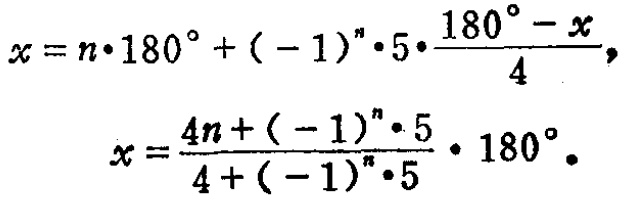
\[
\begin{align*}
x&=n\cdot180^{\circ}+(-1)^{n}\cdot5\cdot\frac{180^{\circ}-x}{4},\\
x&=\frac{4n+(-1)^{n}\cdot5}{4+(-1)^{n}\cdot5}\cdot180^{\circ}.
\end{align*}
\]